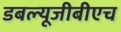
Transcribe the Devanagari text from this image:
डबल्यूजीबीएच